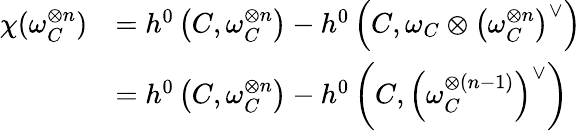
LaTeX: {\begin{array}{rl}{\chi(\omega_{C}^{\otimes n})}&{=h^{0}\left(C,\omega_{C}^{\otimes n}\right)-h^{0}\left(C,\omega_{C}\otimes\left(\omega_{C}^{\otimes n}\right)^{\vee}\right)}\\ &{=h^{0}\left(C,\omega_{C}^{\otimes n}\right)-h^{0}\left(C,\left(\omega_{C}^{\otimes(n-1)}\right)^{\vee}\right)}\end{array}}